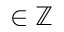
\in \mathbb { Z }